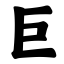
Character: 巨